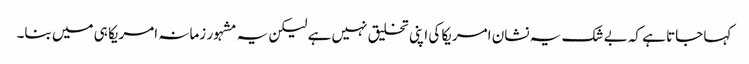
کہا جاتا ہے کہ بے شک یہ نشان امریکا کی اپنی تخلیق نہیں ہے لیکن یہ مشہور زمانہ امریکا ہی میں بنا۔